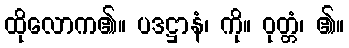
ထိုလောက၏။ ပဒဋ္ဌာနံ၊ ကို။ ဝုတ္တံ၊ ၏။